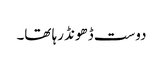
دوست ڈھونڈ رہا تھا۔